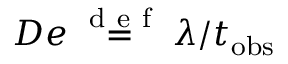
D e \stackrel { \mathrm { ~ d ~ e ~ f ~ } } { = } \lambda / t _ { \mathrm { o b s } }